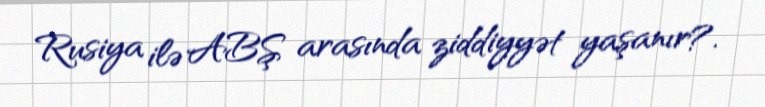
Rusiya ilə ABŞ arasında ziddiyyət yaşanır?.